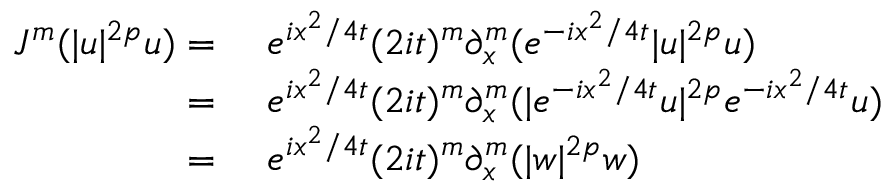
\begin{array} { r l } { J ^ { m } ( | u | ^ { 2 p } u ) = \ } & { e ^ { i x ^ { 2 } / 4 t } ( 2 i t ) ^ { m } \partial _ { x } ^ { m } ( e ^ { - i x ^ { 2 } / 4 t } | u | ^ { 2 p } u ) } \\ { = \ } & { e ^ { i x ^ { 2 } / 4 t } ( 2 i t ) ^ { m } \partial _ { x } ^ { m } ( | e ^ { - i x ^ { 2 } / 4 t } u | ^ { 2 p } e ^ { - i x ^ { 2 } / 4 t } u ) } \\ { = \ } & { e ^ { i x ^ { 2 } / 4 t } ( 2 i t ) ^ { m } \partial _ { x } ^ { m } ( | w | ^ { 2 p } w ) } \end{array}